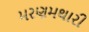
મરણમથારી